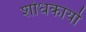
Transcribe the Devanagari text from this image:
शोधकार्यो